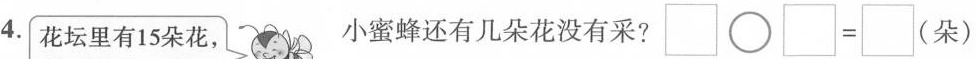
4.花坛里有15朵花， 小蜜蜂还有几朵花没有采? \Box \circ \Box = \Box (朵)